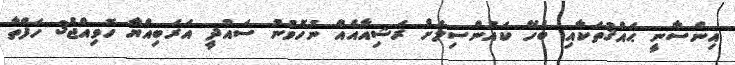
އިންސާނީ ޙައްޤުތަކާއި ބެހޭ ކައުންސިލަށް ރަޝިއާއެއް ނުހޮވުނު ސައުދީ އަރަބިއްޔާ ހޮވިއްޖެ3 ހަފްތާ